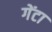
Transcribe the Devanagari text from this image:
गेंटा